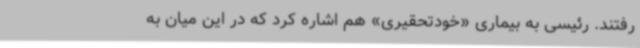
رفتند. رئیسی به بیماری «خودتحقیری» هم اشاره کرد که در این میان به